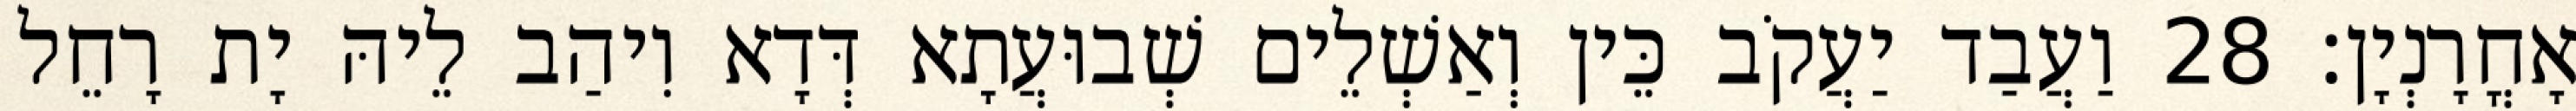
אָחֳרָנְיָן׃ 28 וַעֲבַד יַעֲקֹב כֵּין וְאַשְׁלֵים שְׁבוּעֲתָא דְּדָא וִיהַב לֵיהּ יָת רָחֵל